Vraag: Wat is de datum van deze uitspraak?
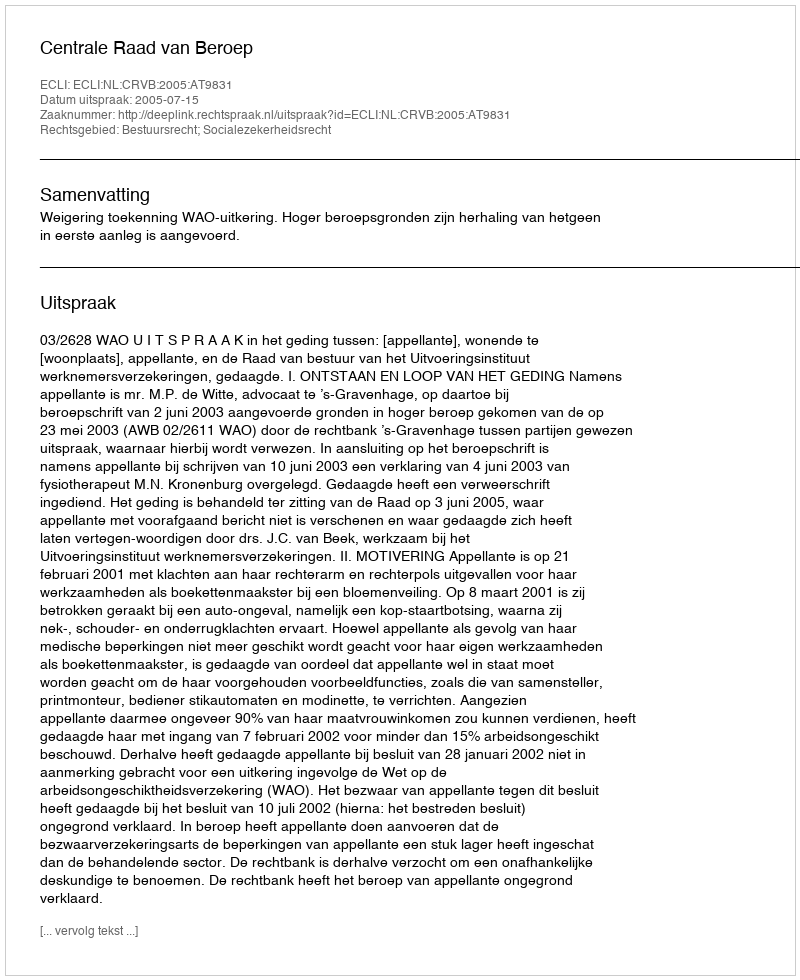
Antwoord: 2005-07-15